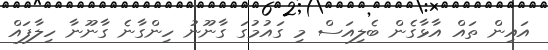
އައިން ތައް އާޅާގެން ބެލިއަސް މި ގައުމުގަ ގާނޫނު ހިންގާނެ ގާނޫނާ ހިލާފައް